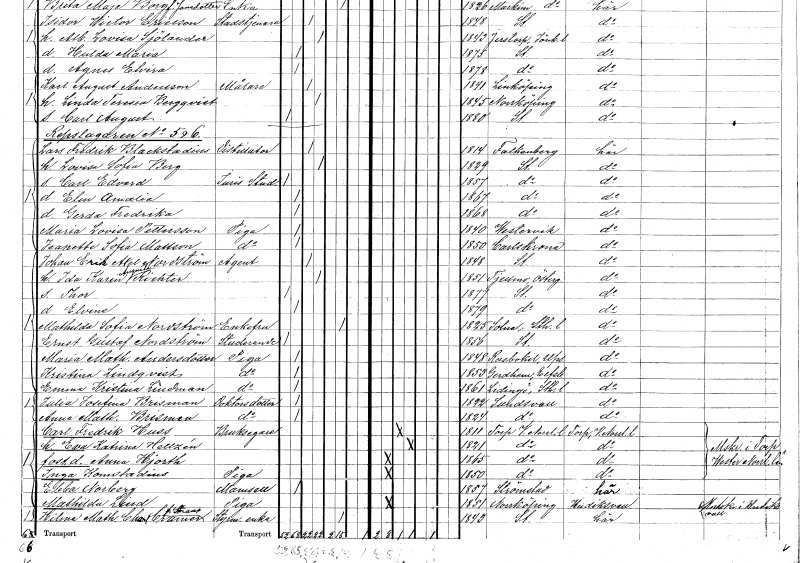
gt_parse: households: individuals: FN: Elin Amalia
KON: K
CIV: O
FODAR: 1867
FODFORS: Stockholm
FN: Gerda Fredrika
KON: K
CIV: O
FODAR: 1868
FODFORS: Stockholm
FN: Maria Lovisa
EN: Pettersson
YRKE: Piga
KON: K
CIV: O
FODAR: 1840
FODFORS: Västervik Kalmar län
FN: Jeanette Sofia
EN: Mattson
YRKE: Piga
KON: K
CIV: O
FODAR: 1850
FODFORS: Karlskrona Blekinge län
FN: Johan Erik Axel
EN: Nordström
YRKE: Agent
KON: M
CIV: G
FODAR: 1848
FODFORS: Stockholm
FN: Ida Karin Augusta
EN: Richter
KON: K
CIV: G
FODAR: 1851
FODFORS: Tjällmo Östergötlands län
FN: Thor
KON: M
CIV: O
FODAR: 1877
FODFORS: Stockholm
FN: Elvine
KON: K
CIV: O
FODAR: 1879
FODFORS: Stockholm
FN: Mathilda Sofia
EN: Nordström
KON: K
CIV: E
FODAR: 1825
FODFORS: Solna Stockholms län
FN: Ernst Gustaf
EN: Nordström
YRKE: Studerande
KON: M
CIV: O
FODAR: 1856
FODFORS: Stockholm
FN: Maria Mathilda
EN: Andersdotter
YRKE: Piga
KON: K
CIV: O
FODAR: 1848
FODFORS: Rasbokil Uppsala län
FN: Kristina
EN: Lindqvist
YRKE: Piga
KON: K
CIV: O
FODAR: 1853
FODFORS: Gärdhem Älvsborgs län
FN: Emma Kristina
EN: Lindman
YRKE: Piga
KON: K
CIV: O
FODAR: 1861
FODFORS: Lidingö Stockholms län
FN: Julia Josefina
EN: Brisman
YRKE: Doktorsdotter
KON: K
CIV: O
FODAR: 1822
FODFORS: Sundsvall Västernorrlands län
FN: Anna Mathilda
EN: Brisman
YRKE: Doktorsdotter
KON: K
CIV: O
FODAR: 1824
FODFORS: Sundsvall Västernorrlands län
FN: Carl Fredrik
EN: Huss
YRKE: Bruksägare
KON: M
CIV: G
FODAR: 1811
FODFORS: Torp Västernorrlands län
FN: Eva Katrina
EN: Hellzén
KON: K
CIV: G
FODAR: 1821
FODFORS: Torp Västernorrlands län
FN: Anna
EN: Hjorth
KON: K
CIV: O
FODAR: 1865
FODFORS: Torp Västernorrlands län
FN: Inga
EN: Konstadius
YRKE: Piga
KON: K
CIV: O
FODAR: 1850
FODFORS: Torp Västernorrlands län
FN: Ebba
EN: Norberg
KON: K
CIV: O
FODAR: 1857
FODFORS: Strömstad Göteborgs- och Bohuslän
FN: Mathilda
EN: Lind
YRKE: Piga
KON: K
CIV: O
FODAR: 1851
FODFORS: Norrköping Östergötlands län
FN: Hilma Mathilda Charlotta
EN: Cramer Straaf??
YRKE: Styrmansänka
KON: K
CIV: E
FODAR: 1843
FODFORS: Stockholm